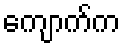
ကျောက်က